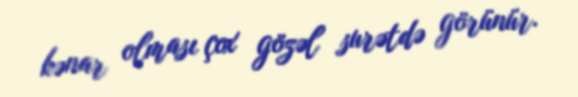
kənar olması çox gözəl surətdə görünür.